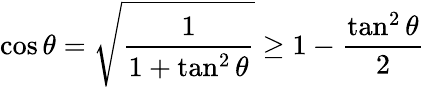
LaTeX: \cos\theta=\sqrt{\frac{1}{1+\tan^{2}\theta}}\geq 1-\frac{\tan^{2}\theta}{2}